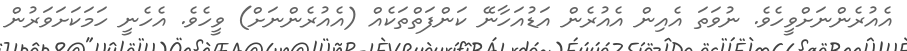
އެއުރެންނަށްވީހެވެ. ނުވަތަ އެއިން އެއުރެން އަޑުއަހާނޭ ކަންފަތްތަކެއް (އެއުރެންނަށް) ވީހެވެ. އެހެނީ ހަމަކަށަވަރުން